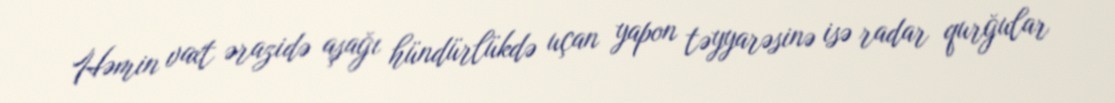
Həmin vaxt ərazidə aşağı hündürlükdə uçan yapon təyyarəsinə isə radar qurğular